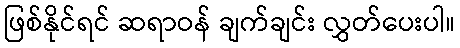
ဖြစ်နိုင်ရင် ဆရာဝန် ချက်ချင်း လွှတ်ပေးပါ။